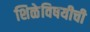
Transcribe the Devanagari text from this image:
शिळेविषयीची